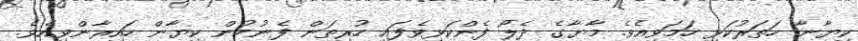
ކިޔާނާ ހަތަރުކަޅި ހަމަވިއެވެ. މާޔާގެ ދެލޯ ފެންކަޅިވެފައި ހުރިތަން ފެނުމުން ކިޔާން ހައިރާންވިއެވެ.